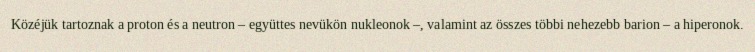
Közéjük tartoznak a proton és a neutron – együttes nevükön nukleonok –, valamint az összes többi nehezebb barion – a hiperonok.